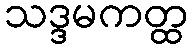
သဒ္ဒမကတ္ထ